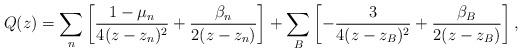
LaTeX: \begin{align*}Q(z) = \sum_n \left[\frac{1-\mu_n}{4(z-z_n)^2} +\frac{\beta_n}{2(z-z_n)}\right] + \sum_B \left[ -\frac{3}{4(z-z_B)^2}+\frac{\beta_B}{2(z-z_B)}\right],\end{align*}